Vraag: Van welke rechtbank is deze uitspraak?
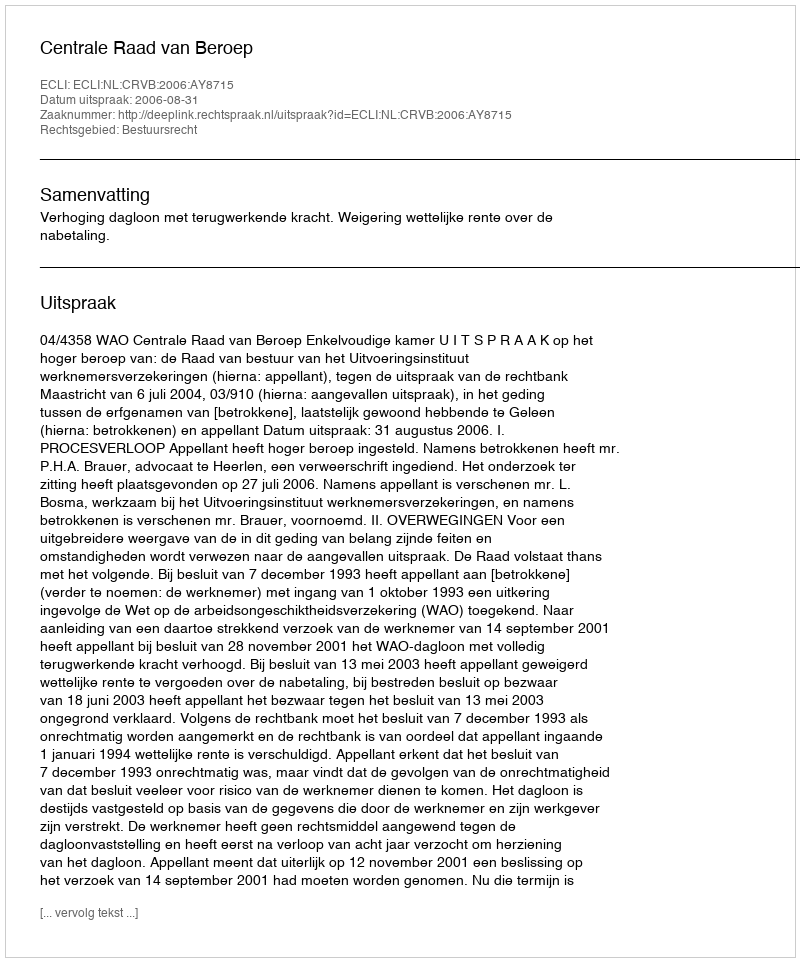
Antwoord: Centrale Raad van Beroep